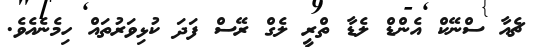
ޗެއާ ސްނޭކް އެންޑް ލެޑާ ތްރީ ލެގް ރޭސް ފަދަ ކުޅިވަރުތައް ހިމެނެއެވެ.